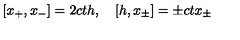
[ x _ { + } , x _ { - } ] = 2 c t h , \quad [ h , x _ { \pm } ] = \pm c t x _ { \pm }